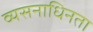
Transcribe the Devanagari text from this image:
व्यसनाधिनता